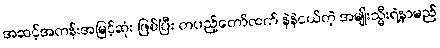
အဆင့်အတန်းအမြင့်ဆုံး ဖြစ်ပြီး တပည့်တော်ထက် နဲနဲငယ်တဲ့ အမျိုးသ္မီးရဲ့နာမည်